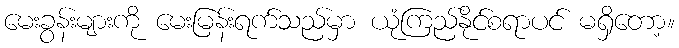
မေးခွန်းများကို မေးမြန်းရက်သည်မှာ ယုံကြည်နိုင်စရာပင် မရှိတော့။